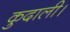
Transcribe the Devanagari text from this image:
कुदाली।